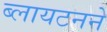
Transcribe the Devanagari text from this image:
ब्लायटनने